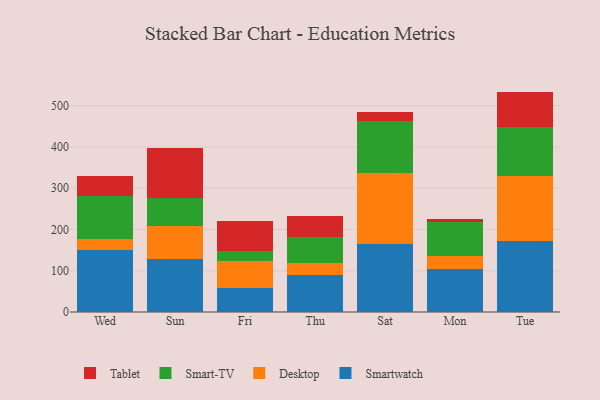
{"axis": {"x": "Day", "y": "Production Output"}, "legend": ["Desktop", "Smart-TV", "Smartwatch", "Tablet"], "data": [{"x": "Wed", "y": 151.3, "type": "Smartwatch"}, {"x": "Wed", "y": 25.5, "type": "Desktop"}, {"x": "Wed", "y": 104.6, "type": "Smart-TV"}, {"x": "Wed", "y": 48.5, "type": "Tablet"}, {"x": "Sun", "y": 127.9, "type": "Smartwatch"}, {"x": "Sun", "y": 80.7, "type": "Desktop"}, {"x": "Sun", "y": 67.5, "type": "Smart-TV"}, {"x": "Sun", "y": 120.6, "type": "Tablet"}, {"x": "Fri", "y": 58.3, "type": "Smartwatch"}, {"x": "Fri", "y": 65.6, "type": "Desktop"}, {"x": "Fri", "y": 24.2, "type": "Smart-TV"}, {"x": "Fri", "y": 72.6, "type": "Tablet"}, {"x": "Thu", "y": 89.1, "type": "Smartwatch"}, {"x": "Thu", "y": 30.2, "type": "Desktop"}, {"x": "Thu", "y": 62.8, "type": "Smart-TV"}, {"x": "Thu", "y": 51.3, "type": "Tablet"}, {"x": "Sat", "y": 164.2, "type": "Smartwatch"}, {"x": "Sat", "y": 172.9, "type": "Desktop"}, {"x": "Sat", "y": 126.9, "type": "Smart-TV"}, {"x": "Sat", "y": 20.7, "type": "Tablet"}, {"x": "Mon", "y": 103.3, "type": "Smartwatch"}, {"x": "Mon", "y": 31.4, "type": "Desktop"}, {"x": "Mon", "y": 83.2, "type": "Smart-TV"}, {"x": "Mon", "y": 7.2, "type": "Tablet"}, {"x": "Tue", "y": 171.4, "type": "Smartwatch"}, {"x": "Tue", "y": 158.6, "type": "Desktop"}, {"x": "Tue", "y": 119.0, "type": "Smart-TV"}, {"x": "Tue", "y": 85.2, "type": "Tablet"}]}